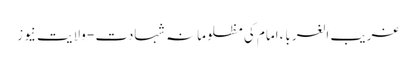
غریب الغرباء امام کی مظلومانہ شہادت - ولایت نیوز